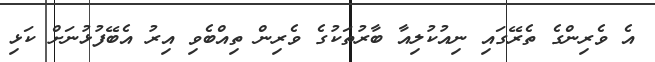
އެ ވެރިންގެ ތެރޭގައި ނިއުކުލިއާ ބާރުތަކުގެ ވެރިން ތިއްބެވި އިރު އެބޭފުޅުނަށް ކަޅި